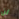
لن